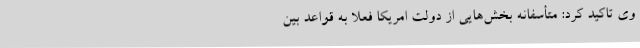
وی تاکید کرد: متأسفانه بخش‌هایی از دولت امریکا فعلاً به قواعد بین